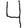
Digit: 4